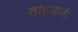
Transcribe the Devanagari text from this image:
ताहड़जी